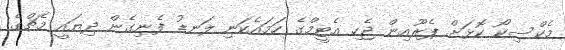
މެކްސިކޯ ކޮޅަށް ޕެރޫއިން ޖެހި އެޓީމްގެ ހަމައެކަނި ލަނޑު ފެނިގެން ދިޔައީ މެޗްގެ